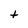
Character: t